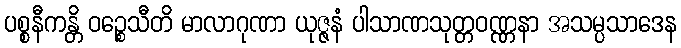
ပစ္စနီကန္တိ ဝဉ္စေသီတိ မာလာဂုဏာ ယုဇ္ဇနံ ပါသာဏသုတ္တဝဏ္ဏနာ အသမ္ပသာဒေန